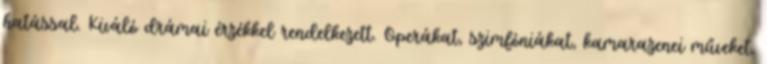
hatással. Kiváló drámai érzékkel rendelkezett. Operákat, szimfóniákat, kamarazenei műveket,